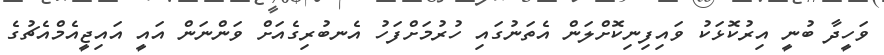
ވަހީދާ ބުނީ އިރުކޮޅަކު ވައިފިނިކޮށްލަން އެތަނުގައި ހުރުމަށްފަހު އެނބުރިގެއަށް ވަންނަން އައީ އައިޖީއެމްއެޗުގެ